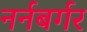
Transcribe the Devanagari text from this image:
नर्नबर्गर